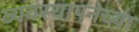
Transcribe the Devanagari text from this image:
व्यवस्थापनेच्या